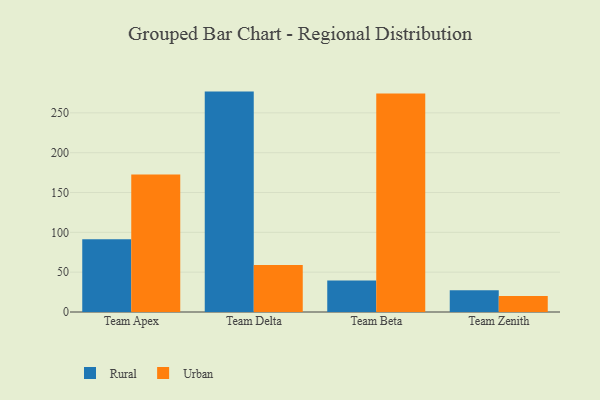
{"axis": {"x": "Team", "y": "Conversion Rate (%)"}, "legend": ["Rural", "Urban"], "data": [{"x": "Team Apex", "y": 91.2, "type": "Rural"}, {"x": "Team Apex", "y": 172.5, "type": "Urban"}, {"x": "Team Delta", "y": 276.7, "type": "Rural"}, {"x": "Team Delta", "y": 59.1, "type": "Urban"}, {"x": "Team Beta", "y": 39.4, "type": "Rural"}, {"x": "Team Beta", "y": 274.2, "type": "Urban"}, {"x": "Team Zenith", "y": 27.2, "type": "Rural"}, {"x": "Team Zenith", "y": 20.2, "type": "Urban"}]}